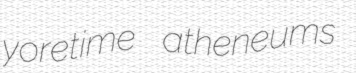
yoretime atheneums